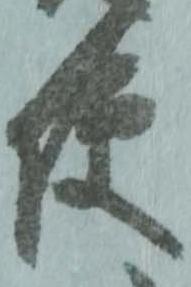
便